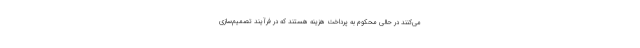
می‌کنند در حالی محکوم به پرداخت هزینه هستند که در فرآیند تصمیم‌سازی